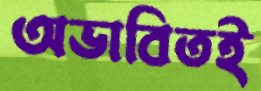
অভাবিতই